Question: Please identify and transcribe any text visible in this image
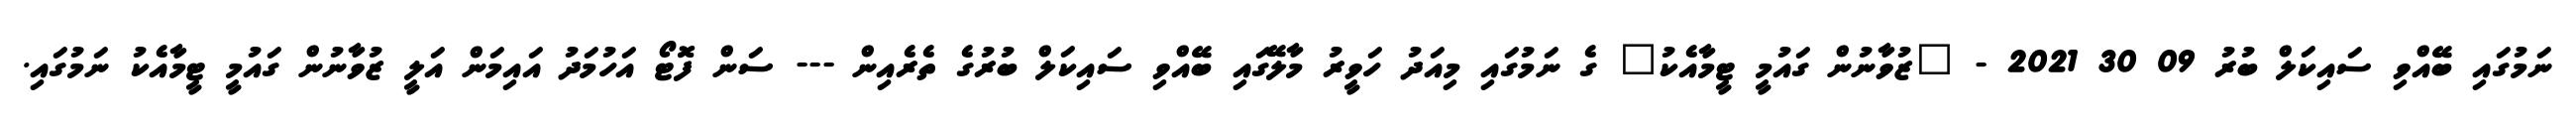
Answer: ނަމުގައި ބޭއްވި ސައިކަލް ބުރު 09 30 2021 - "ޒުވާނުން ގައުމީ ޓީމާއެކު" ގެ ނަމުގައި މިއަދު ހަވީރު މާލޭގައި ބޭއްވި ސައިކަލް ބުރުގެ ތެރެއިން --- ސަން ފޮޓޯ އަހުމަދު އައިމަން އަލީ ޒުވާނުން ގައުމީ ޓީމާއެކު ނަމުގައި.